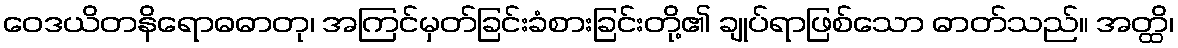
ဝေဒယိတနိရောဓဓာတု၊ အကြင်မှတ်ခြင်းခံစားခြင်းတို့၏ ချုပ်ရာဖြစ်သော ဓာတ်သည်။ အတ္ထိ၊